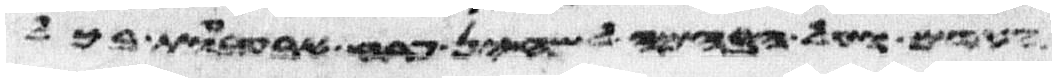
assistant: האדם ועל הבהמה לשחין פרח אבעבעות בכל